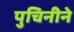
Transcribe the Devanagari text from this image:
पुचिनीने